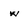
Character: w